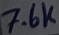
Text: 7.6K